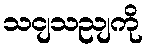
သငျသညျကို